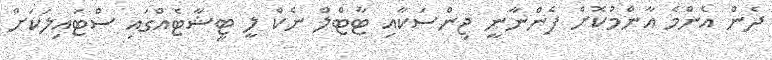
ދެން އެންމެ އާންމުކޮށް ފެންނާނީ ޖިންސަކާއި ޓާޓްލް ނެކް ލީ ޓީޝާޓެއްގައި ސްޓައިލަކަށް